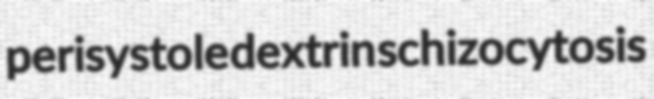
perisystole dextrin schizocytosis